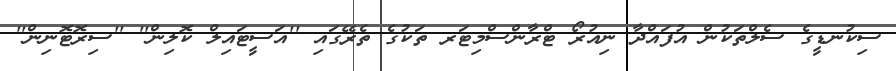
ސިކުނޑީގެ ސެލްތަކުން އުފައްދާ ނިއުރޯ ޓްރާންސްމިޓަރ ތަކުގެ ތެރޭގައި ''އަސީޓައިލް ކޮލިން'' ''ސިރޮޓޮނިން''